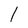
Character: 1